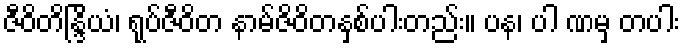
ဇီဝိတိန္ဒြိယံ၊ ရုပ်ဇီဝိတ နာမ်ဇိဝိတနှစ်ပါးတည်း။ ပန၊ ပါ ဏမှ တပါး